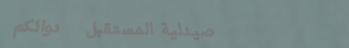
صيدلية المستقبل   دوائكم